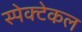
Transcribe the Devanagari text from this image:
स्पेक्टेकल